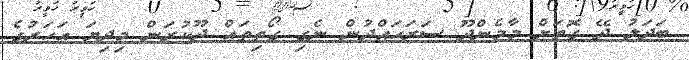
ބަދަލު ދޭ ގޮތަށް މާމެންދޫ ސަރަހައްދުން ނެގި ގޯތިތައް ދޫކުރަން މިދިޔަ އަހަރުގެ